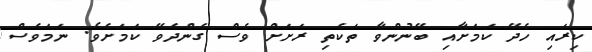
ކިރައި ހެދޭ ކަމަށާއި ބޭނުންވާ ތަކެތި ރަށަށް ވެސް ގެންދެވޭ ކަމަށެވެ. ނަމަވެސް